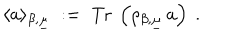
\langle a \rangle _ { \beta , \underline { { { \mu } } } } \; : = \; \mathrm { T r } ~ \left( \rho _ { \beta , \underline { { { \mu } } } } \, a \right) ~ .